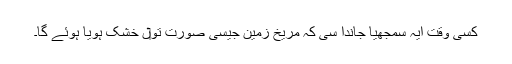
کسی وقت ایہ سمجھیا جاندا سی کہ مریخ زمین جیسی صورت تو‏ں خشک ہويا ہوئے گا۔